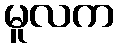
မူလက